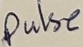
Text: Pulse